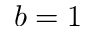
b = 1